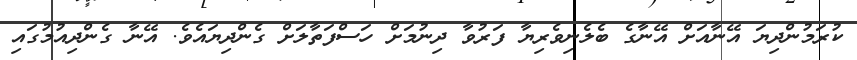
ކުރަމުންދިޔަ އޭނާއަށް އޭނާގެ ބެލެނިވެރިޔާ ފަރުވާ ދިނުމަށް ހަސްފަތާލަށް ގެންދިޔައެވެ. އޭނާ ގެންދިއުމުގައި